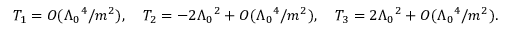
T _ { 1 } = O ( \Lambda _ { 0 } { } ^ { 4 } / m ^ { 2 } ) , \quad T _ { 2 } = - 2 \Lambda _ { 0 } { } ^ { 2 } + O ( \Lambda _ { 0 } { } ^ { 4 } / m ^ { 2 } ) , \quad T _ { 3 } = 2 \Lambda _ { 0 } { } ^ { 2 } + O ( \Lambda _ { 0 } { } ^ { 4 } / m ^ { 2 } ) .